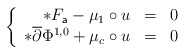
\begin{align*}\left\{\begin{array}{rcl} \ast F_{\mathsf{a}} -\mu_{1}\circ u & = & 0\\ \ast\overline{\partial}\Phi^{1,0} + \mu_{c}\circ u & = & 0\end{array}\right.\end{align*}